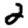
Digit: 2